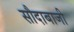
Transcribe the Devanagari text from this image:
सौदाबाजी